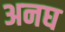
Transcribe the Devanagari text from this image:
अनघ